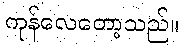
ကုန်လေတော့သည်။